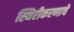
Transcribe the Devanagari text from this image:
स्थिरीकरणाचे